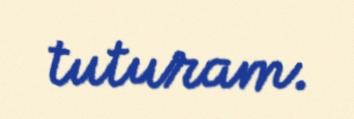
tuturam.